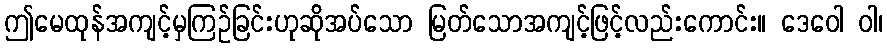
ဤမေထုန်အကျင့်မှကြဉ်ခြင်းဟုဆိုအပ်သော မြတ်သောအကျင့်ဖြင့်လည်းကောင်း။ ဒေဝေါ ဝါ၊